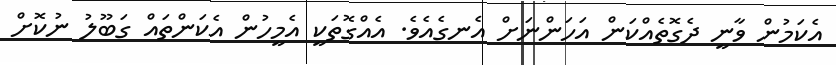
އެކަމުން ވާނީ ދެގޮތެއްކަން އަހަންނަށް އެނގެއެވެ. އެއްގޮތަކީ އެމީހުން އެކަންތައް ގަބޫލު ނުކޮށް